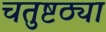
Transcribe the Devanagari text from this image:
चतुष्टठ्या